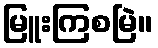
မြူးကြစမြဲ။